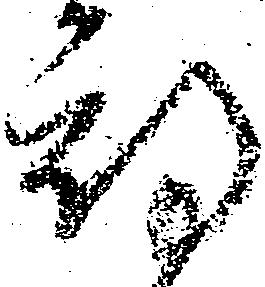
期